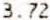
3.72